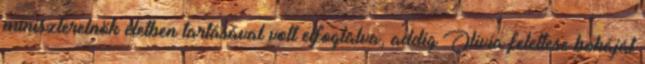
miniszterelnök életben tartásával volt elfoglalva, addig Olivia felettese bokáját